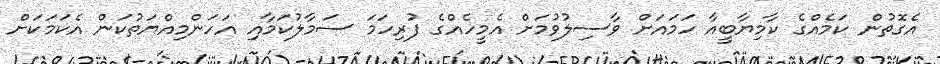
އެގޮތުން ކަމެއްގެ ކާމިޔާބީއާ ހަމައަށް ވާސިލުވުމަށް އެމީހެއްގެ ފުރިހަމަ ސަމާލުކަމާއި އަހަންމިއްޔަތުކަން އެކަމަކަށް